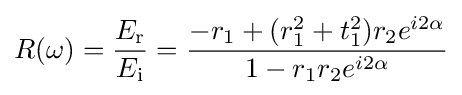
R(\omega )={\frac {E_{\text{r}}}{E_{\text{i}}}}={\frac {-r_{1}+(r_{1}^{2}+t_{1}^{2})r_{2}e^{i2\alpha }}{1-r_{1}r_{2}e^{i2\alpha }}}